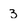
Character: 3